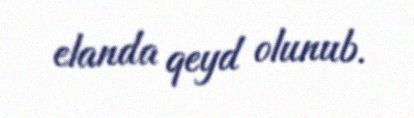
elanda qeyd olunub.